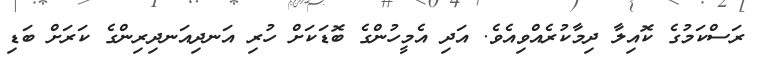
ރަސްކަމުގެ ކޮއިލާ ދިމާކުރެއްވިއެވެ. އަދި އެމީހުންގެ ބޮޑަކަށް ހުރި އަނދިއަނދިރިންގެ ކަރަށް ބަޑި